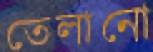
তেলানো